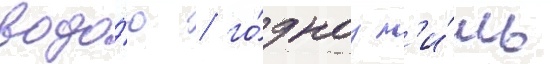
водо́ю / го́дноу л'и́шь